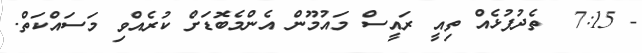
- 7:15  ތެދުފުޅެއް ތިއީ ރައީސް މައުމޫން އެންމެބޮޑަށް ކުރެއްވި މަސައްކަތް.